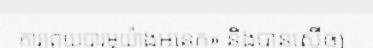
ការព្រួយបារម្ភយ៉ាងអនេក» និងបានស្នើឲ្យ